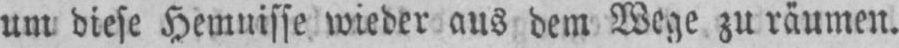
um diese Hemnisse wieder aus dem Wege zu räumen.